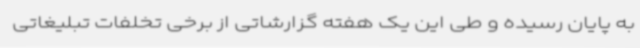
به پایان رسیده و طی این یک هفته گزارشاتی از برخی تخلفات تبلیغاتی